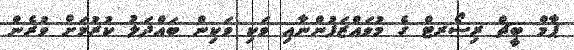
ޕާމް ބީޗް ރިސޯރޓް ގެ މުވައްޒަފުންނާއި ވަކި ވަކިން ބައްދަލު ކުރުމަށް ވުރެން